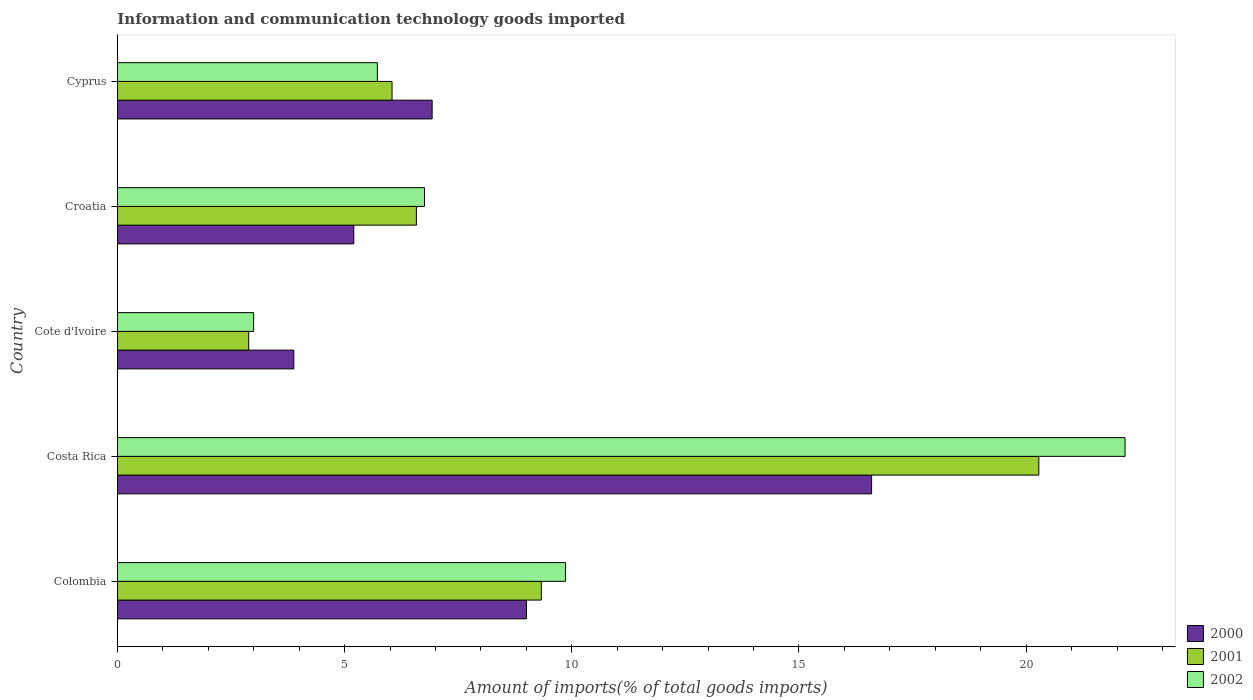
| Country | 2000 | 2001 | 2002 |
 | --- | --- | --- | --- |
 | Colombia | 9 | 9.33 | 9.86 |
 | Costa Rica | 16.6 | 20.3 | 22.2 |
 | Cote d'Ivoire | 3.88 | 2.89 | 3 |
 | Croatia | 5.2 | 6.58 | 6.76 |
 | Cyprus | 6.93 | 6.04 | 5.72 |